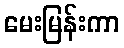
မေးမြန်းကာ